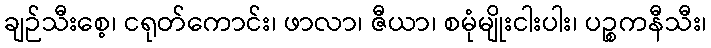
ချဉ်သီးစေ့၊ ငရုတ်ကောင်း၊ ဖာလာ၊ ဇီယာ၊ စမုံမျိုးငါးပါး၊ ပဉ္စကနီသီး၊